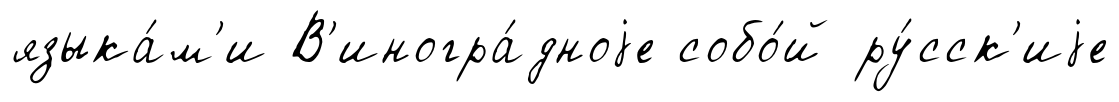
языка́м'и В'иногра́дноjе собо́й ру́сск'иjе